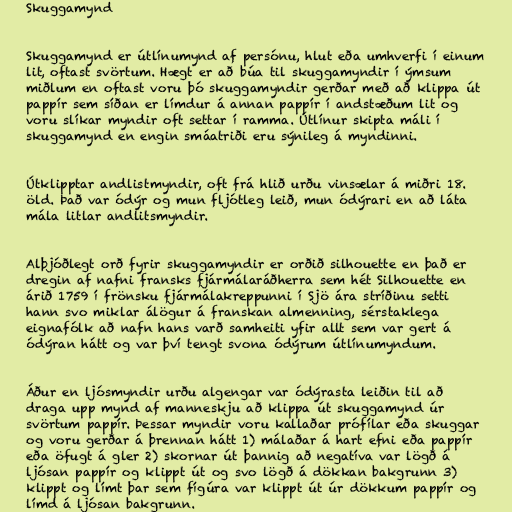
Skuggamynd

Skuggamynd er útlínumynd af persónu, hlut eða umhverfi í einum
lit, oftast svörtum. Hægt er að búa til skuggamyndir í ýmsum
miðlum en oftast voru þó skuggamyndir gerðar með að klippa út
pappír sem síðan er límdur á annan pappír í andstæðum lit og
voru slíkar myndir oft settar í ramma. Útlínur skipta máli í
skuggamynd en engin smáatriði eru sýnileg á myndinni.

Útklipptar andlistmyndir, oft frá hlið urðu vinsælar á miðri 18.
öld. Það var ódýr og mun fljótleg leið, mun ódýrari en að láta
mála litlar andlitsmyndir.

Alþjóðlegt orð fyrir skuggamyndir er orðið silhouette en það er
dregin af nafni fransks fjármálaráðherra sem hét Silhouette en
árið 1759 í frönsku fjármálakreppunni í Sjö ára stríðinu setti
hann svo miklar álögur á franskan almenning, sérstaklega
eignafólk að nafn hans varð samheiti yfir allt sem var gert á
ódýran hátt og var því tengt svona ódýrum útlínumyndum.

Áður en ljósmyndir urðu algengar var ódýrasta leiðin til að
draga upp mynd af manneskju að klippa út skuggamynd úr
svörtum pappír. Þessar myndir voru kallaðar prófílar eða skuggar
og voru gerðar á þrennan hátt 1) málaðar á hart efni eða pappír
eða öfugt á gler 2) skornar út þannig að negatíva var lögð á
ljósan pappír og klippt út og svo lögð á dökkan bakgrunn 3)
klippt og límt þar sem fígúra var klippt út úr dökkum pappír og
límd á ljósan bakgrunn.